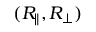
( R _ { \parallel } , R _ { \perp } )